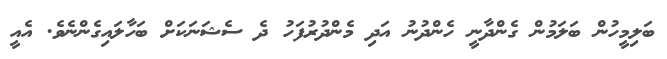
ބަލިމީހުން ބަލަމުން ގެންދާނީ ހެންދުނު އަދި މެންދުރުފަހު ދެ ސެޝަނަކަށް ބަހާލައިގެންނެވެ. އެއީ